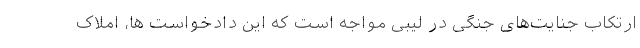
ارتکاب جنایت‌های جنگی در لیبی مواجه است که این دادخواست ها، املاک